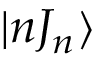
| n J _ { n } \rangle